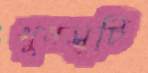
খুনসুটি